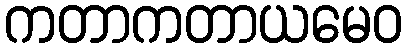
ကတာကတာယမေဝ